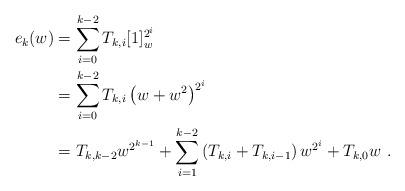
LaTeX: \begin{align*}e_k(w)&=\sum_{i=0}^{k-2}T_{k,i}[1]_w^{2^i}\cr&=\sum_{i=0}^{k-2}T_{k,i}\left(w+w^2\right)^{2^i}\cr&=T_{k,k-2}w^{2^{k-1}}+\sum_{i=1}^{k-2}\left(T_{k,i}+T_{k,i-1}\right)w^{2^i}+T_{k,0}w\mbox{ .}\end{align*}